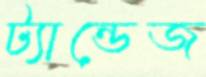
ট্যান্ডেজ